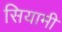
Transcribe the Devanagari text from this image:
सियामी